Newspaper: The Vermont watchman.
Place of publication: Montpelier, Vt.
Publisher: W.W. Prescott
Date: 1885-05-06 00:00:00
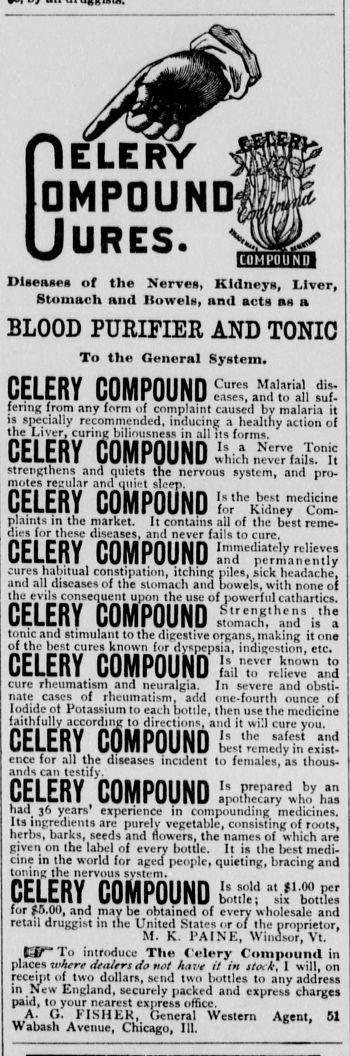
Advertisement text (OCR):
ELERY DMPDUND UURES. uiaeaaeg of tho Ncrves, Klilm-yg, Hvor, Htomuch nml llowela, nnd acts nn n BLOOD PURIPIER AND TONIO To tho Genornl Systcm. GELERY COMPOUND Curcs Mahrial dis. P.Kt anrl Ifl 911 ctil. fenne Irom anv fprm of comntaint r.md lw mlii it is spccially recomniended, mducing a healthy action of ine Ljvcr, cunnt; mliousness in all its forms. GELERY COMPOUND AJt strenRthens and quiets the nervous systcm, and pro motes resul.tr and quitt slefri. PCICRV PnMDnllWn Itthe bcstmedicine UI.I.UIII UUIIirUUIlU for Kidntv Com plaints in the market. lt contains all of thc best rcme aies for thee disenses, and ncvcr fails to cure. nFIFRY P.nMDnilNn InimIit.l,r.liei wk-awfc-n i wuiH i uvnu anu permanently and all discasesof the slom'ach and LoHels.vtith noneoi ine evus consequent upon the use ot powerlul cathartics. GELERY COMPOUND .3hr;i,,h; tonic and stimulant to the digestive organs, makinf; it one of thc best cures known for dypepsia, indiccstion, etc. CELERY. COMPOUlND 1" cure rheumatism and neuralcia. In severe and obsti. nate cascs of rheumatism, add one-fourlh ouncc of Iodide ot I'otassium to each botile, then use thc mcdicine launiuny accoraint: 10 airections, and it wi:i cure you pci cdv nniinnium is the safcs and UtLtl.1 UUmrUUUU best rcmedyin exist- cntc iur an inc uiscascs inciaem to iema.es, as tnous ands can testify. CELERY, COMPOUND lUXititi had 36 years' expcrience in compounding medicincs. Its ingredienls are purelv vegetable, consisting of roots, herbs, barks, seeds and flowcrs. the names of which are given on ihe label of every bottic. It is the best mcdi cine tn the world lor aged people, quieting, bracing and toning the nervous svstem. CELERY COMPOUND WtffiK for f 5. 00, and maybe obtained of every uholesale and retan druggist in the United Slates or of the propnetc M. K, I'AINE, Windsor, Vt. t3?To introduce Tho Colory C(iiiiiminil in places tMf re dtaltrt rV not have it in itock, I will, on receintof two dollars, send two bottles to any address in New England, securely packcd and cxpress chargea liu, iu yuur nearesi cxpress omce. A. G. EISHER, Ceneral Western Agent, 51 wauasn Avenue, Chicago, 111.
Label: illustrations